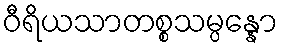
ဝီရိယသာတစ္စသမ္ပန္နော